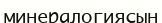
минералогиясын